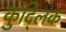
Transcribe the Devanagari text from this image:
कुद्लिक